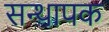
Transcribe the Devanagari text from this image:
सन्थापक